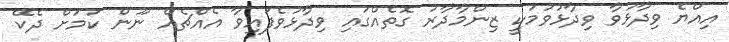
އިއްޔެ ވިދާޅުވާ ވިދާޅުވުމަކީ ޒިންމާދާރު ގޮތެއްގައި ވިދާޅުވެފައިވާ އެއްޗެއް ނޫން ކަމަށް ދެކޭ